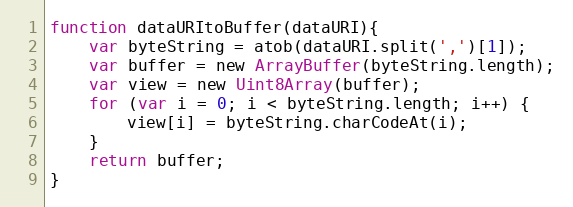
Language: JavaScript
function dataURItoBuffer(dataURI){
    var byteString = atob(dataURI.split(',')[1]);
    var buffer = new ArrayBuffer(byteString.length);
    var view = new Uint8Array(buffer);
    for (var i = 0; i < byteString.length; i++) {
        view[i] = byteString.charCodeAt(i);
    }
    return buffer;
}